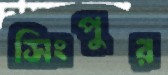
সিংপুর